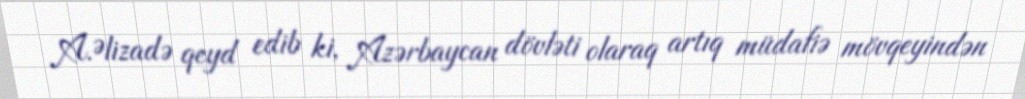
A.Əlizadə qeyd edib ki, Azərbaycan dövləti olaraq artıq müdafiə mövqeyindən